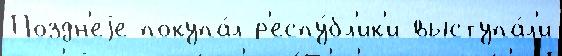
Поздн'еjе покупа́л р'еспу́бл'ик'и выступа́л'и